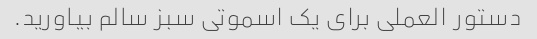
دستور العملی برای یک اسموتی سبز سالم بیاورید.